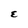
Character: E